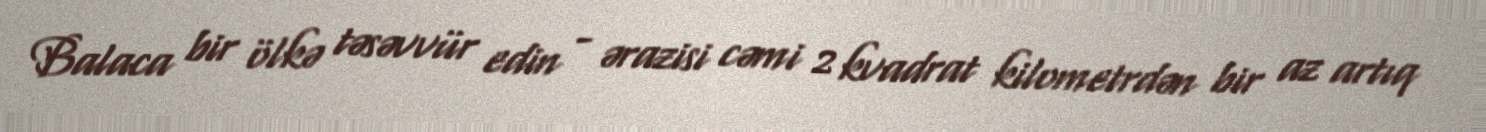
Balaca bir ölkə təsəvvür edin - ərazisi cəmi 2 kvadrat kilometrdən bir az artıq